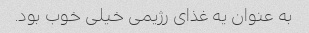
به عنوان یه غذای رژیمی خیلی خوب بود.